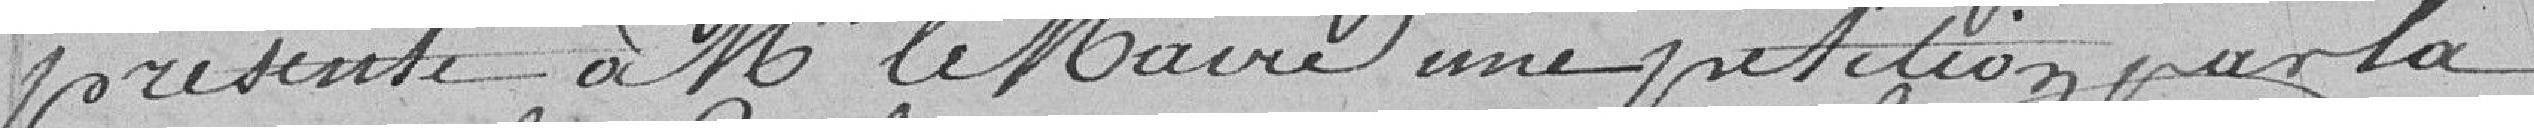
présente à Monsieur le Maire une pétition par la-